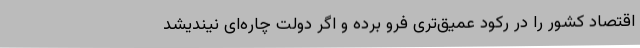
اقتصاد کشور را در رکود عمیق‌تری فرو برده و اگر دولت چاره‌ای نیندیشد